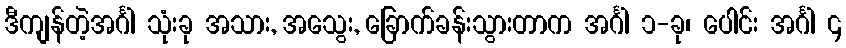
ဒီကျန်တဲ့အင်္ဂါ သုံးခု အသား, အသွေး, ခြောက်ခန်းသွားတာက အင်္ဂါ ၁-ခု၊ ပေါင်း အင်္ဂါ ၄